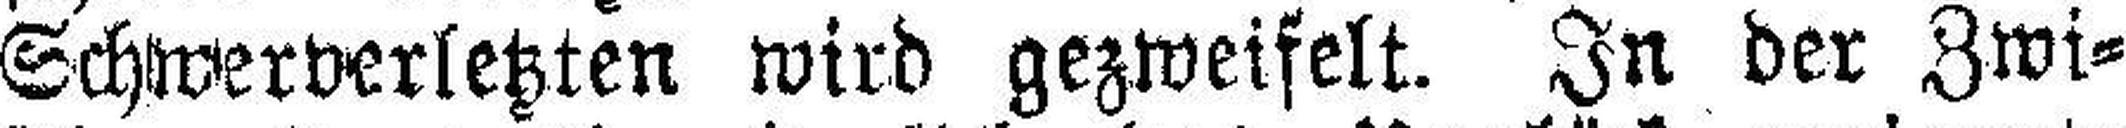
Schwerverletzten wird gezweifelt. In der Zwi¬